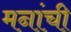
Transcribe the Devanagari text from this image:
मनांची